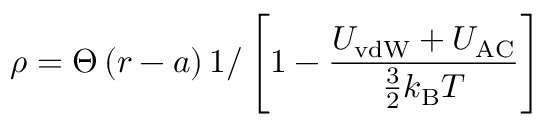
\rho = \Theta \left( r - a \right) 1 / \left[ 1 - \frac { U _ { \mathrm { v d W } } + U _ { \mathrm { A C } } } { \frac { 3 } { 2 } k _ { \mathrm { B } } T } \right]